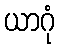
ယာဂုံ